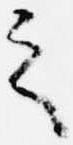
之